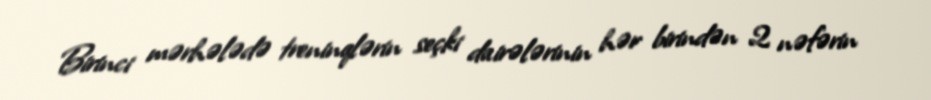
Birinci mərhələdə treninqlərin seçki dairələrinin hər birindən 2 nəfərin